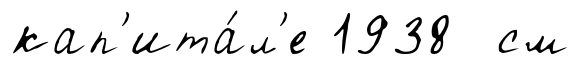
кап'ита́л'е 1938 см